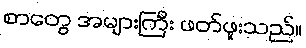
စာတွေ အများကြီး ဖတ်ဖူးသည်။